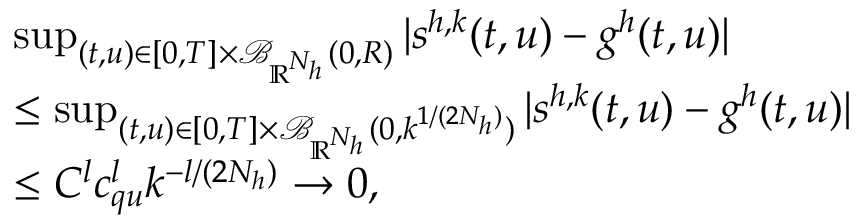
\begin{array} { r l } & { \operatorname* { s u p } _ { ( t , u ) \in [ 0 , T ] \times \mathcal { B } _ { \mathbb { R } ^ { N _ { h } } } ( 0 , R ) } | s ^ { h , k } ( t , u ) - g ^ { h } ( t , u ) | } \\ & { \leq \operatorname* { s u p } _ { ( t , u ) \in [ 0 , T ] \times \mathcal { B } _ { \mathbb { R } ^ { N _ { h } } } ( 0 , k ^ { 1 / ( 2 N _ { h } ) } ) } | s ^ { h , k } ( t , u ) - g ^ { h } ( t , u ) | } \\ & { \le C ^ { l } c _ { q u } ^ { l } k ^ { - l / ( 2 N _ { h } ) } \rightarrow 0 , } \end{array}